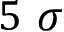
5 ~ \sigma